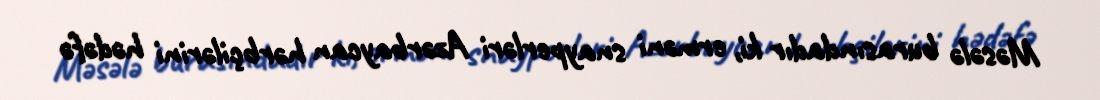
Məsələ burasındadır ki, erməni snayperləri Azərbaycan hərbçilərini hədəfə